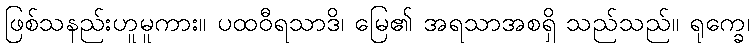
ဖြစ်သနည်းဟူမူကား။ ပထဝီရသာဒိ၊ မြေ၏ အရသာအစရှိ သည်သည်။ ရုက္ခေ၊